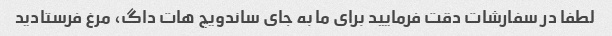
لطفا در سفارشات دقت فرمایید برای ما به جای ساندویچ هات داگ، مرغ فرستادید